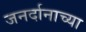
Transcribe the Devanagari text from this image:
जनर्दानाच्या